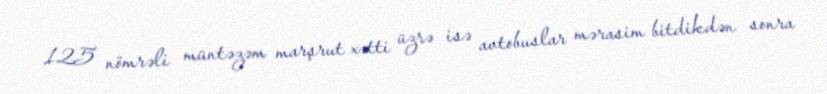
125 nömrəli müntəzəm marşrut xətti üzrə isə avtobuslar mərasim bitdikdən sonra